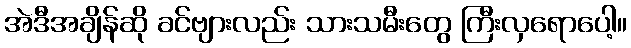
အဲဒီအချိန်ဆို ခင်ဗျားလည်း သားသမီးတွေ ကြီးလှရောပေါ့။